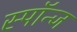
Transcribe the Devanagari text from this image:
स्पॉन्ज